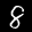
Label: 8